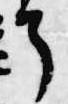
了